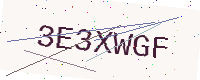
Text: 3E3XWGF